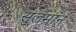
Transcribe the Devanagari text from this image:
सुलमान